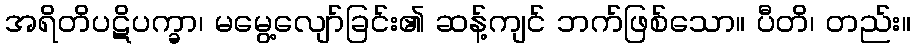
အရိတိပဋိပက္ခာ၊ မမွေ့လျော်ခြင်း၏ ဆန့်ကျင် ဘက်ဖြစ်သော။ ပီတိ၊ တည်း။